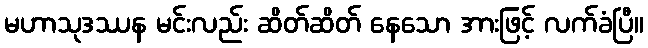
မဟာသုဒဿန မင်းလည်း ဆိတ်ဆိတ် နေသော အားဖြင့် လက်ခံပြီ။